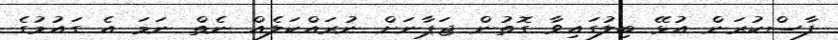
ފާސްކުރަން އުޅޭ ބިލުގައިވާ ގޮތުން ޖަޕާނަށް ނުރައްކަލެއް ނެތް ނަމަ އެ ގައުމުގެ